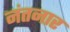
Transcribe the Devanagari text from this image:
नंतनार